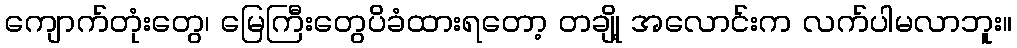
ကျောက်တုံးတွေ၊ မြေကြီးတွေပိခံထားရတော့ တချို့ အလောင်းက လက်ပါမလာဘူး။